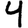
Digit: 4